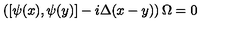
\left( \left[ \psi ( x ) , \psi ( y ) \right] - i \Delta ( x - y ) \right) \Omega = 0